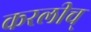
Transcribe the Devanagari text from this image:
करलीच्